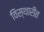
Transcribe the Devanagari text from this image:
विस्थारीत